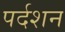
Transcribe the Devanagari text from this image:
पर्दशन